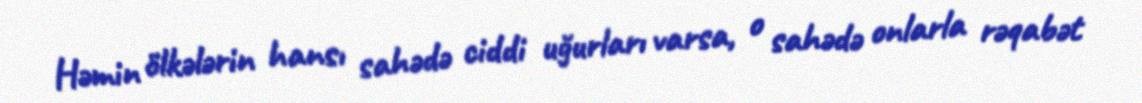
Həmin ölkələrin hansı sahədə ciddi uğurları varsa, o sahədə onlarla rəqabət